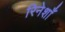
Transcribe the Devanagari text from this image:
रिनेशाँ